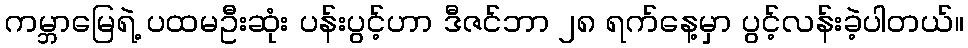
ကမ္ဘာမြေရဲ့ ပထမဦးဆုံး ပန်းပွင့်ဟာ ဒီဇင်ဘာ ၂၈ ရက်နေ့မှာ ပွင့်လန်းခဲ့ပါတယ်။